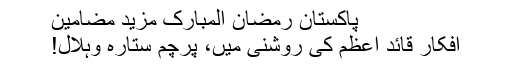
پاکستان رمضان المبارک مزید مضامین
افکار قائد اعظم کی روشنی میں، پرچم ستارہ وہلال!